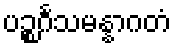
ပဉ္စင်္ဂသမန္နာဂတံ